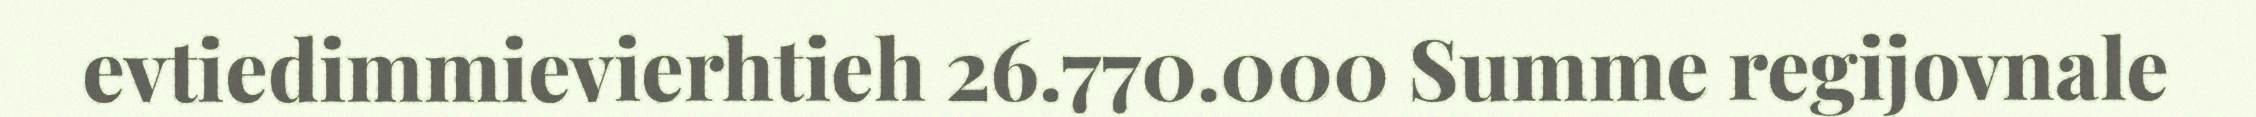
evtiedimmievierhtieh 26.770.000 Summe regijovnale